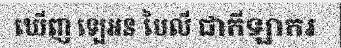
ឃើញ ឡេអន បៃលី ជាកីឡាករ